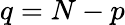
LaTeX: q=N-p